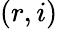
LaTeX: (r,i)